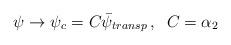
LaTeX: \begin{align*}\psi \rightarrow \psi_{c} = C\bar \psi_{transp}\,,\;\; C =\alpha_{2}\end{align*}